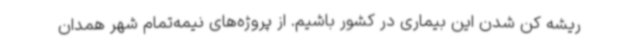
ریشه کن شدن این بیماری در کشور باشیم. از پروژه‌های نیمه‌تمام شهر همدان